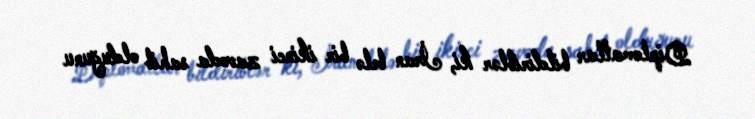
Diplomatlar bildiriblər ki, İran belə bir ikinci zavoda sahib olduğunu